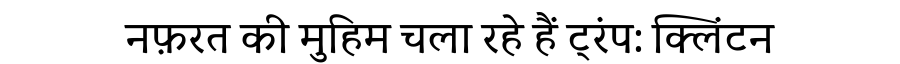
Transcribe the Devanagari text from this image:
नफ़रत की मुहिम चला रहे हैं ट्रंप: क्लिंटन